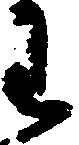
わ